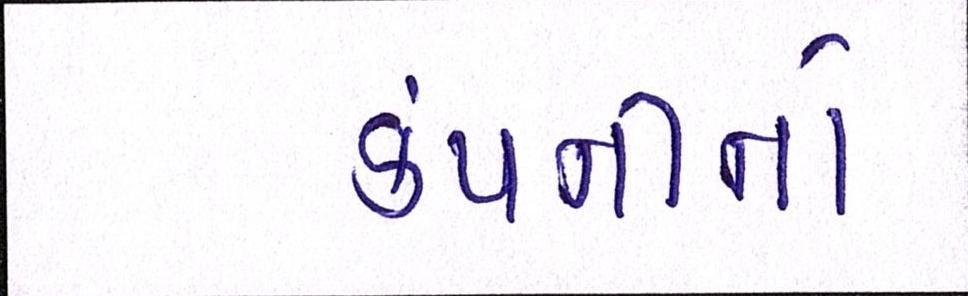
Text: કંપનીનો